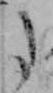
た